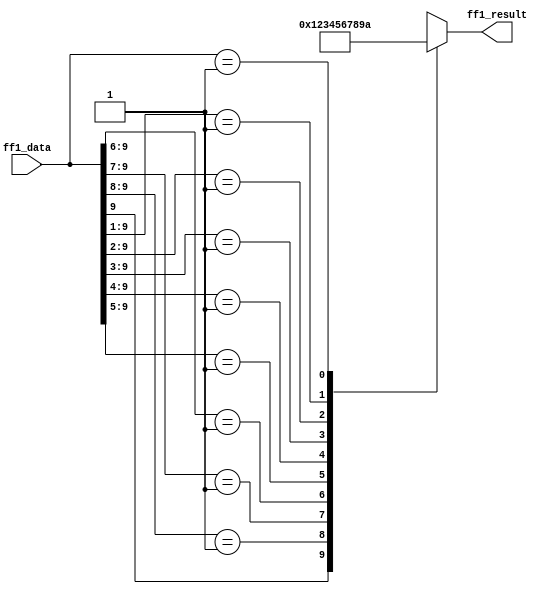
/*Copyright 2019-2021 T-Head Semiconductor Co., Ltd.

Licensed under the Apache License, Version 2.0 (the "License");
you may not use this file except in compliance with the License.
You may obtain a copy of the License at

    http://www.apache.org/licenses/LICENSE-2.0

Unless required by applicable law or agreed to in writing, software
distributed under the License is distributed on an "AS IS" BASIS,
WITHOUT WARRANTIES OR CONDITIONS OF ANY KIND, either express or implied.
See the License for the specific language governing permissions and
limitations under the License.
*/

// &ModuleBeg; @23
module ct_vfmau_ff1_10bit(
  ff1_data,
  ff1_result
);

// &Ports; @24
input   [9:0]  ff1_data;  
output  [3:0]  ff1_result; 

// &Regs; @25
reg     [3:0]  ff1_result; 

// &Wires; @26
wire    [9:0]  ff1_data;  


// &CombBeg; @28
always @( ff1_data[9:0])
begin
casez(ff1_data[9:0])
  10'b1?????????: ff1_result[3:0] = 4'd1;
  10'b01????????: ff1_result[3:0] = 4'd2;
  10'b001???????: ff1_result[3:0] = 4'd3;
  10'b0001??????: ff1_result[3:0] = 4'd4;
  10'b00001?????: ff1_result[3:0] = 4'd5;
  10'b000001????: ff1_result[3:0] = 4'd6;
  10'b0000001???: ff1_result[3:0] = 4'd7;
  10'b00000001??: ff1_result[3:0] = 4'd8;
  10'b000000001?: ff1_result[3:0] = 4'd9;
  10'b0000000001: ff1_result[3:0] = 4'd10;
  default       : ff1_result[3:0] = {4{1'bx}};
endcase
// &CombEnd; @42
end

// &ModuleEnd; @44
endmodule